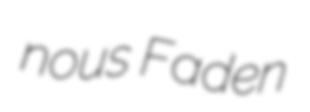
nous Faden